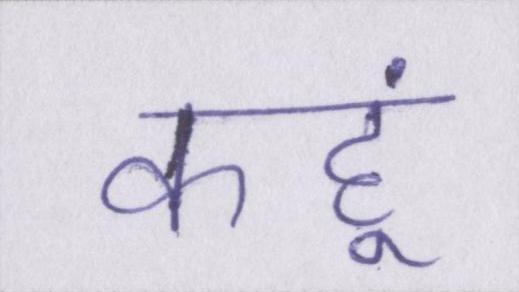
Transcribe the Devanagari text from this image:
कहूं